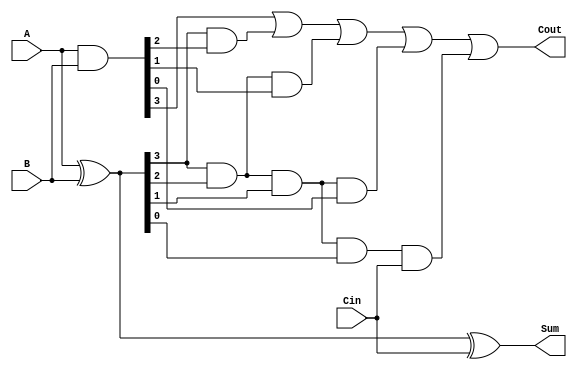
module carry_lookahead_adder (input wire [3:0] A, B, input wire Cin, output wire [3:0] Sum, output wire Cout);

//Internal signals
wire [3:0] G, P, C;

//Generate and Propagate signals
assign G = A & B;
assign P = A ^ B;

//Carry computation
assign C[0] = G[0] | (P[0] & Cin);
assign C[1] = G[1] | (P[1] & G[0]) | (P[1] & P[0] & Cin);
assign C[2] = G[2] | (P[2] & G[1]) | (P[2] & P[1] & G[0]) | (P[2] & P[1] & P[0] & Cin);
assign C[3] = G[3] | (P[3] & G[2]) | (P[3] & P[2] & G[1]) | (P[3] & P[2] & P[1] & G[0]) | (P[3] & P[2] & P[1] & P[0] & Cin);

//Sum computation
assign Sum = A ^ B ^ Cin;

//Carry-out output
assign Cout = C[3];

endmodule